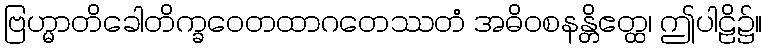
ဗြဟ္မာတိခေါတိက္ခဝေတထာဂတေဿတံ အဓိဝစနန္တိဧတ္ထ၊ ဤပါဠိ၌။